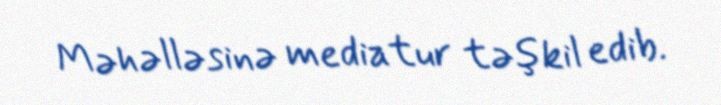
Məhəlləsinə mediatur təşkil edib.